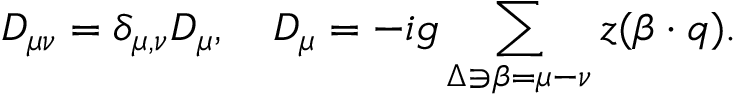
D _ { \mu \nu } = \delta _ { \mu , \nu } D _ { \mu } , \quad D _ { \mu } = - i g \sum _ { \Delta \ni \beta = \mu - \nu } z ( \beta \cdot q ) .